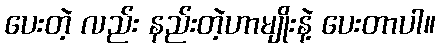
ပေးတဲ့ လည်း နည်းတဲ့ဟာမျိုးနဲ့ ပေးတာပါ။